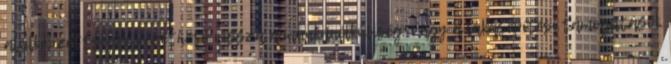
alulképzettségre vezethető vissza a munkanélküliség; vagy a lakásépítési támogatások